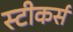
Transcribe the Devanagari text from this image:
स्टीकर्स